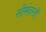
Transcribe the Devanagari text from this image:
सीमेवरती